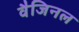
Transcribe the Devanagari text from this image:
वैजिनल